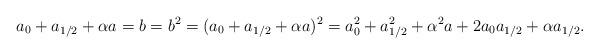
LaTeX: \begin{align*} a_0 + a_{1/2} + \alpha a = b = b^2 = (a_0 + a_{1/2} + \alpha a)^2 = a_0^2 + a_{1/2}^2 + \alpha^2 a + 2a_0 a_{1/2} + \alpha a_{1/2}.\end{align*}